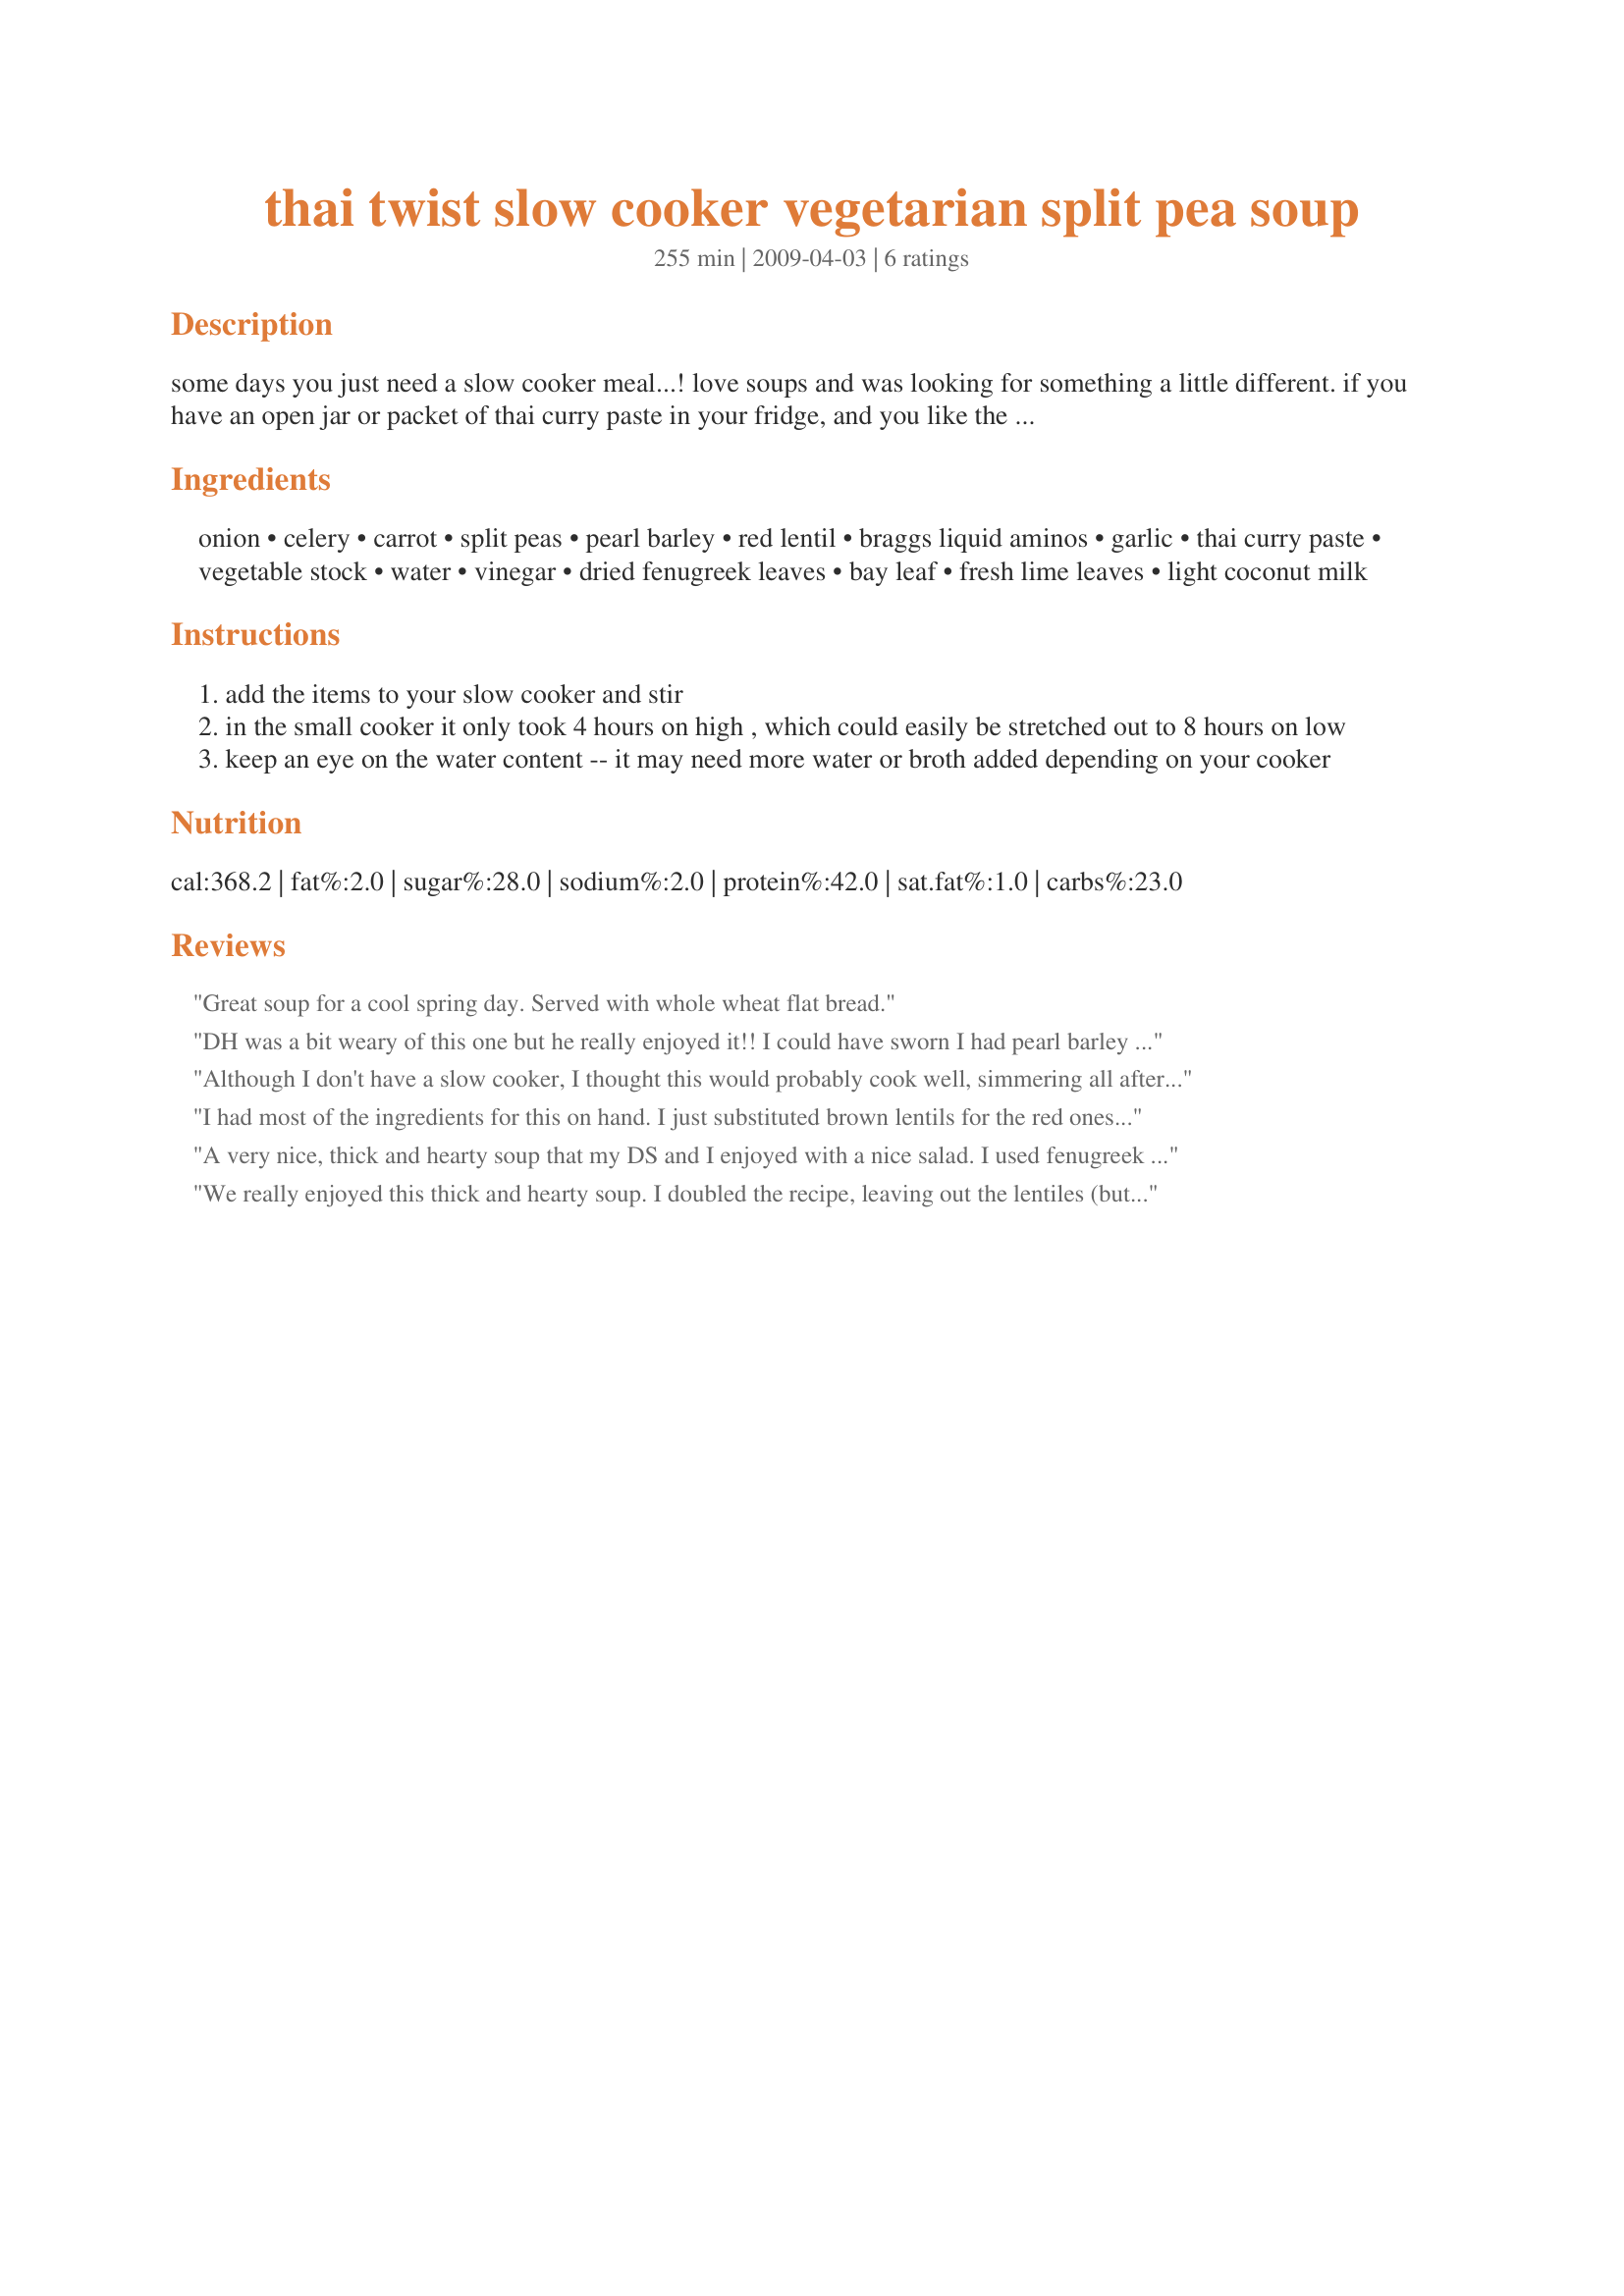
thai twist slow cooker vegetarian split pea soup
Preparation time: 255 minutes

some days you just need a slow cooker meal...! love soups and was looking for something a little different. if you have an open jar or packet of thai curry paste in your fridge, and you like the flavour of it, this is another way to enjoy it. most of the items are pantry staples, which is how this came to be, and it's fairly low calorie/low fat. i made it to fit a small crock pot (2.5 q i think)....yields enough for 2 good sized portions. if you use a larger crock pot you would probably have to double the recipe. some flat bread on the side makes it a meal.

Ingredients:
onion, celery, carrot, split peas, pearl barley, red lentil, braggs liquid aminos, garlic, thai curry paste, vegetable stock, water, vinegar, dried fenugreek leaves, bay leaf, fresh lime leaves, light coconut milk

Steps:
add the items to your slow cooker and stir
in the small cooker it only took 4 hours on high , which could easily be stretched out to 8 hours on low
keep an eye on the water content -- it may need more water or broth added depending on your cooker

Reviews:
Great soup for a cool spring day. Served with whole wheat flat bread.
DH was a bit weary of this one but he really enjoyed it!! I could have sworn I had pearl barley in the pantry but when I went to make this I couldn't find it. I was going to try buckwheat groats but I've never actually cooked with them so I went with brown rice instead. I did add more liquid as we let this in the crock pot all most all day. Thanks for such a unique recipe MagpieDiner!! Made for Veg*n Swap 26!!
Although I don't have a slow cooker, I thought this would probably cook well, simmering all afternoon on a slow Saturday, and so it did.
Chock full of health, this produced a thick aromatic broth, and the curry paste (I used a yellow Thai curry paste) lends a subtle heat that lingers on the tongue, absolutely delicious. This would be marvellous on a cool autumn or wintry evening, absolute comfort food!
I made double the amount, since I wanted to freeze some for DHs lunches, and although I didn't add the optional coconut milk or lime leaves, I can see that they would enhance this already aromatic and satisfying soup.

Magpie, I have come to trust your excellent recipes, thank you for another winner.

This one made for PAC Spring 2009
I had most of the ingredients for this on hand. I just substituted brown lentils for the red ones and left out fenugreek leaves. This is really good soup! I'd like to try it again with the coconut milk because that sounds yummy! mmm....coconut milk... Reviewed for the Veg*n Recipe Swap.
A very nice, thick and hearty soup that my DS and I enjoyed with a nice salad. I used fenugreek seed instead of leaves and curry powder as I couldn't find curry paste. Thank you! Made for the Vegetarian swap-Oct. 2010
We really enjoyed this thick and hearty soup. I doubled the recipe, leaving out the lentiles (but using 1 1/2 cups peas), the Braggs liquid and the fenugreek leaves. Delish! Thanks for sharing!
